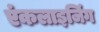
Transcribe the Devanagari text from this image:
एंकलाइजिंग